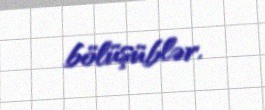
bölüşüblər.